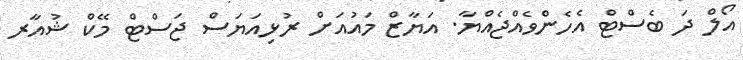
އޯލް ދަ ބެސްޓް އެހެންވެއްޖެއްޔާ. އަޔާޒް މައުއަށް ރުޅިއަޔަސް ޖަސްޓް މޭކް ޝުއާރ